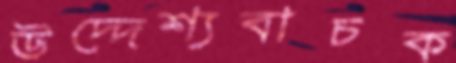
উদ্দেশ্যবাচক